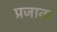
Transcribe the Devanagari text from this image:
प्रजाक